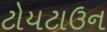
ટોયટાઉન